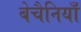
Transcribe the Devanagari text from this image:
बेचैनियाँ